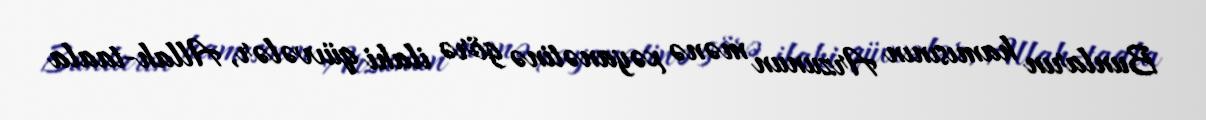
Bunların hamısının Arzunun mənə xəyanətinə görə ilahi qüvvələr, Allah-taala